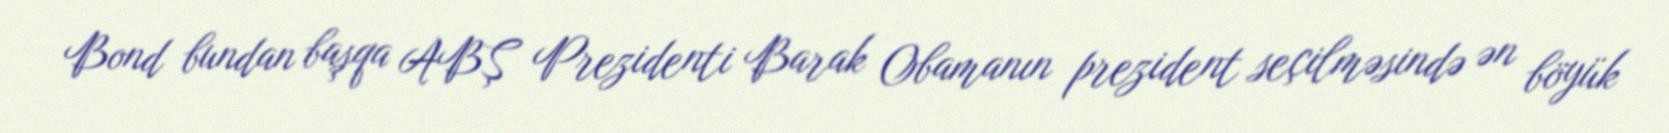
Bond bundan başqa ABŞ Prezidenti Barak Obamanın prezident seçilməsində ən böyük